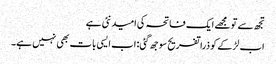
تجھ سے تو مجھے ایک فاتحہ کی امید نئی ہے
اب لڑکے کو ذرا تفریح سوجھ گئی: اب ایسی بات بھی نہیں ہے۔